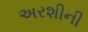
અરશીની